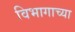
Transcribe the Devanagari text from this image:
विभागाच्‍या